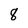
Character: 8